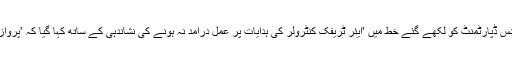
سی اے اے عہدیدار افتخار احمد کے پی آئی اے کے سیفٹی اینڈ کوالٹی انشورنس ڈپارٹمنٹ کو لکھے گئے خط میں ’ایئر ٹریفک کنٹرولر کی ہدایات پر عمل درآمد نہ ہونے کی نشاندہی کے ساتھ کہا گیا کہ ’پرواز کے تحفظ کے خاطر اس قسم کا واقعہ دوبارہ نہ ہونے کو یقینی بنایا جائے‘۔